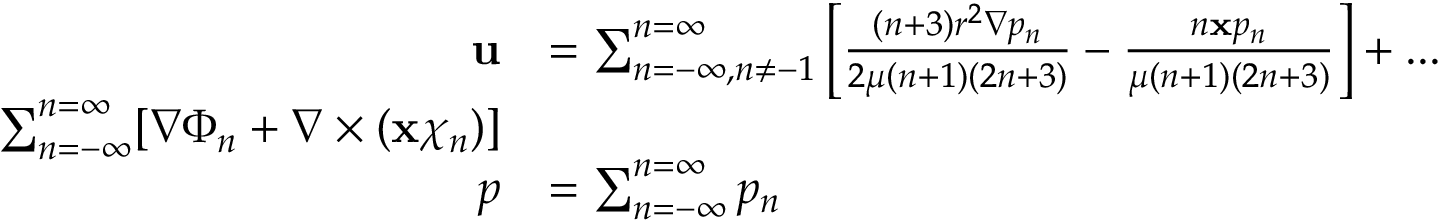
{ \begin{array} { r l } { \mathbf { u } } & { = \sum _ { n = - \infty , n \neq - 1 } ^ { n = \infty } \left[ { \frac { ( n + 3 ) r ^ { 2 } \nabla p _ { n } } { 2 \mu ( n + 1 ) ( 2 n + 3 ) } } - { \frac { n \mathbf { x } p _ { n } } { \mu ( n + 1 ) ( 2 n + 3 ) } } \right] + . . . } \\ { \sum _ { n = - \infty } ^ { n = \infty } [ \nabla \Phi _ { n } + \nabla \times ( \mathbf { x } \chi _ { n } ) ] } \\ { p } & { = \sum _ { n = - \infty } ^ { n = \infty } p _ { n } } \end{array} }